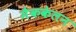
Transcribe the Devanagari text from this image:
मैककेलन